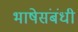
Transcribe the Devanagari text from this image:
भाषेसंबंधी